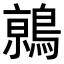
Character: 𬷦